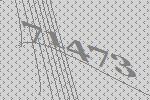
71473